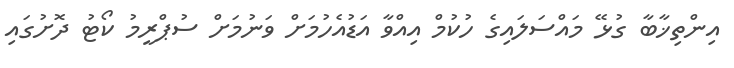
އިންތިޚާބާ ގުޅޭ މައްސަލައިގެ ހުކުމް އިއްވާ އަޑުއެހުމަށް ވަނުމަށް ސުޕްރީމު ކޯޓު ދޮށުގައި